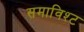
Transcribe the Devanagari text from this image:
समाविश्ट